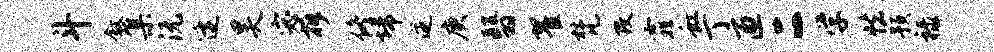
斗叙集沅逄昊宓拆佟埽逆庚翳翟梵改霏虹丁匝二学怯预禄